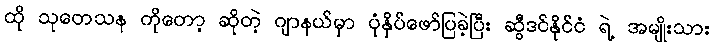
ထို သုတေသန ကိုတော့ ဆိုတဲ့ ဂျာနယ်မှာ ပုံနှိပ်ဖော်ပြခဲ့ပြီး ဆွီဒင်နိုင်ငံ ရဲ့ အမျိုးသား